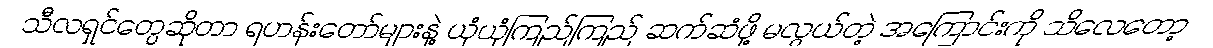
သီလရှင်တွေဆိုတာ ရဟန်းတော်များနဲ့ ယုံယုံကြည်ကြည် ဆက်ဆံဖို့ မလွယ်တဲ့ အကြောင်းကို သိလေတော့